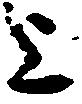
上